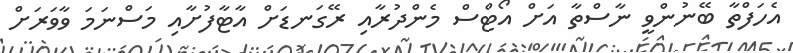
އެހަފްތާ ބޭނުންވީ ނާސްތާ އަށް އޯޓްސް މެންދުރާއި ރޭގަނޑަށް އާޓާފުށާއި މަސްނަމަ ވާވަރަށް